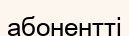
абонентті